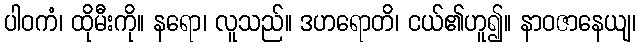
ပါဝကံ၊ ထိုမီးကို။ နရော၊ လူသည်။ ဒဟရောတိ၊ ငယ်၏ဟူ၍။ နာဝဇာနေယျ၊